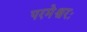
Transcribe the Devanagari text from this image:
परमेश्वरः